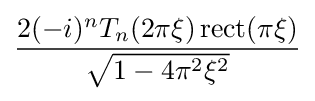
{\frac {2(-i)^{n}T_{n}(2\pi \xi )\operatorname {rect} (\pi \xi )}{\sqrt {1-4\pi ^{2}\xi ^{2}}}}